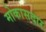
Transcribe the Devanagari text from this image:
मोकासदार